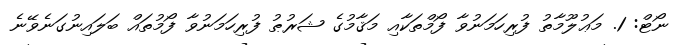
ނޯޓް: 1. މަޢުލޫމާތު ފުރިހަމަނުވާ ފޯމްތަކާއި މަޤާމުގެ ޝަރުޠު ފުރިހަމަނުވާ ފޯމުތައް ބަލައިނުގަނެވޭނެ